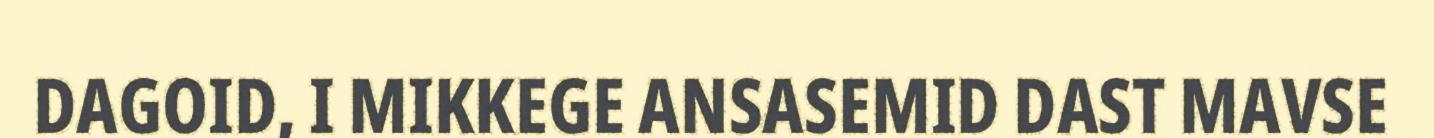
DAGOID, I MIKKEGE ANSASEMID DAST MAVSE